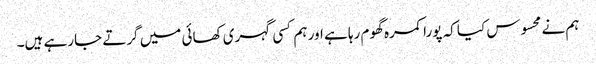
ہم نے محسوس کیا کہ پورا کمرہ گھوم رہا ہے اور ہم کسی گہری کھائی میں گرتے جارہے ہیں۔